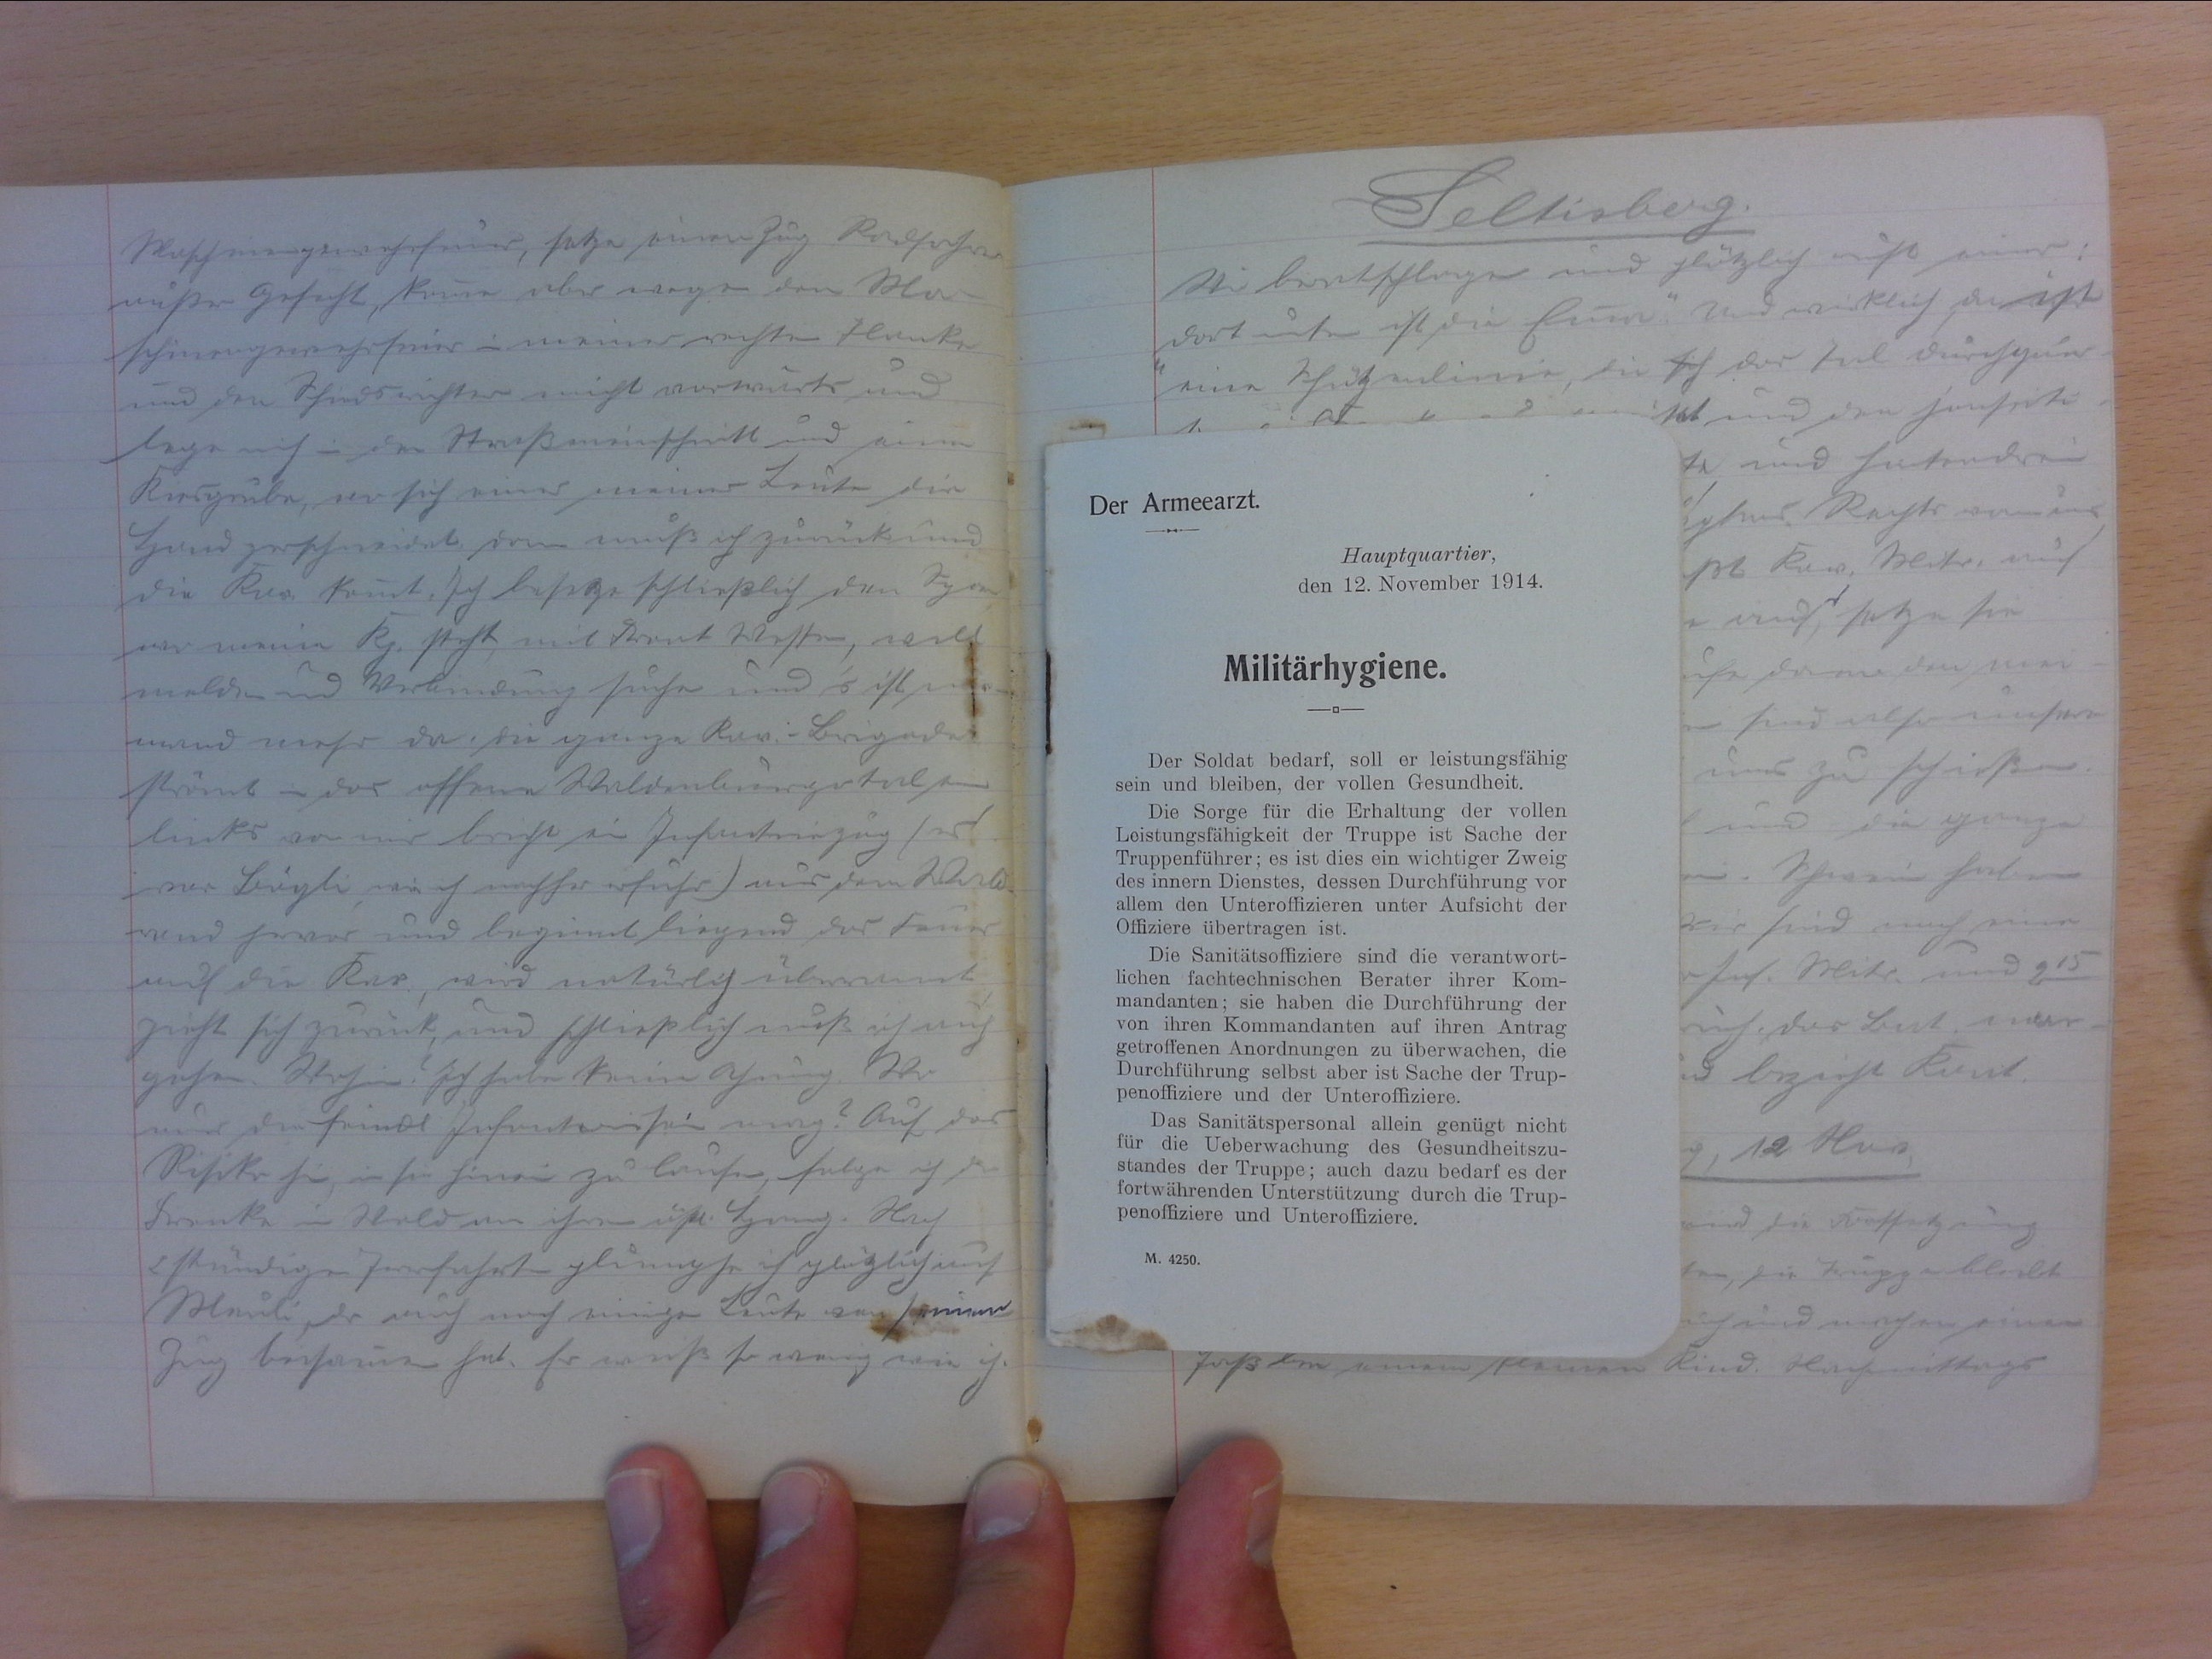
Maschinengewehrfeuer, setze einem Zug Radfahrer
ausser Gefecht, kann aber wegen dem Ma-
schinengewehrfeuer in meiner rechten Flanke
und dem Schiedsrichtern nicht vorwärts und
lege mich in den Strasseneinschnitt und eine
Kiesgrube, wo sich einer meiner Leute die
Hand zerschneidet. Dann muss ich zurück und
die Kav. kommt. Ich besetzte schliesslich den Sporn
wo meine Kp. steht, mit Front Westen, will
melden und Verbindung suchen und's ist nie-
mand mehr da. Die ganze Kav.-Brigade
strömt in das offene Waldenburgertal ein,
links von mir bricht ein Infanteriezug (es
war Bögli, wie ich nachher erfuhr) aus dem Wald-
rand herver und beginnt liegend das Feuer
auf die Kav., wird natürlich überrannt,
zieht sich zurück, und schliesslich muss ich auf-
geben. Wohin? Ich hatte keine Ahnung. Wo
uns die feindl. Infanteristen mag? Auf das
Risiko hin, in sie hinein zu laufen, folge ich der
Frenke in Wald an ihren südl Hang. Nach.
2 stündiger Irrfahrt plumpse ich plötzlich auf
Meuli, der auch noch einige Leute von seinem
Zug beisammen hat. Er weiss so wenig wie ich.